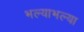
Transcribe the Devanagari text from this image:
भल्याभल्या